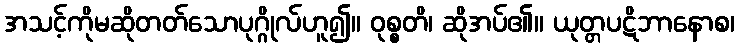
အသင့်ကိုမဆိုတတ်သောပုဂ္ဂိုလ်ဟူ၍။ ဝုစ္စတိ၊ ဆိုအပ်၏။ ယုတ္တပဋိဘာနောစ၊